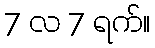
7 လ 7 ရက်။